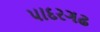
પાદરગઢ